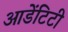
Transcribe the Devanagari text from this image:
आडेंटिटी